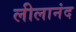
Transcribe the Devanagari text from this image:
लीलानंद